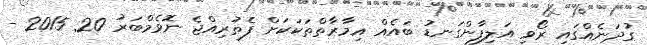
ގުދަނެއްގައި ރޯވި އަލިފާންގަނޑު ބައެއް އިމާރާތްތަކަކަށް ފެތުރިއްޖެ ނޮވެމްބަރު 20